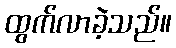
ထွက်လာခဲ့သည်။